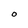
Character: O